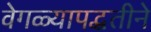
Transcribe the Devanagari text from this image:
वेगळ्यापद्धतीने